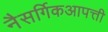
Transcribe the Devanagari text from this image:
नैसर्गिकआपत्ती